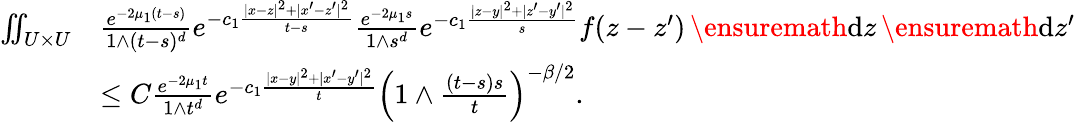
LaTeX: \begin{array}{rl}{\iint_{U\times U}}&{\frac{e^{-2\mu_{1}(t-s)}}{1\wedge(t-s)^{d}}e^{-c_{1}\frac{|x-z|^{2}+|x^{\prime}-z^{\prime}|^{2}}{t-s}}\frac{e^{-2\mu_{1}s}}{1\wedge s^{d}}e^{-c_{1}\frac{|z-y|^{2}+|z^{\prime}-y^{\prime}|^{2}}{s}}f(z-z^{\prime})\, \ensuremath{\mathrm{d}}z\, \ensuremath{\mathrm{d}}z^{\prime}}\\ &{\le C\frac{e^{-2\mu_{1}t}}{1\wedge t^{d}}e^{-c_{1}\frac{|x-y|^{2}+|x^{\prime}-y^{\prime}|^{2}}{t}}\left(1\wedge\frac{(t-s)s}{t}\right)^{-\beta/2}.}\end{array}